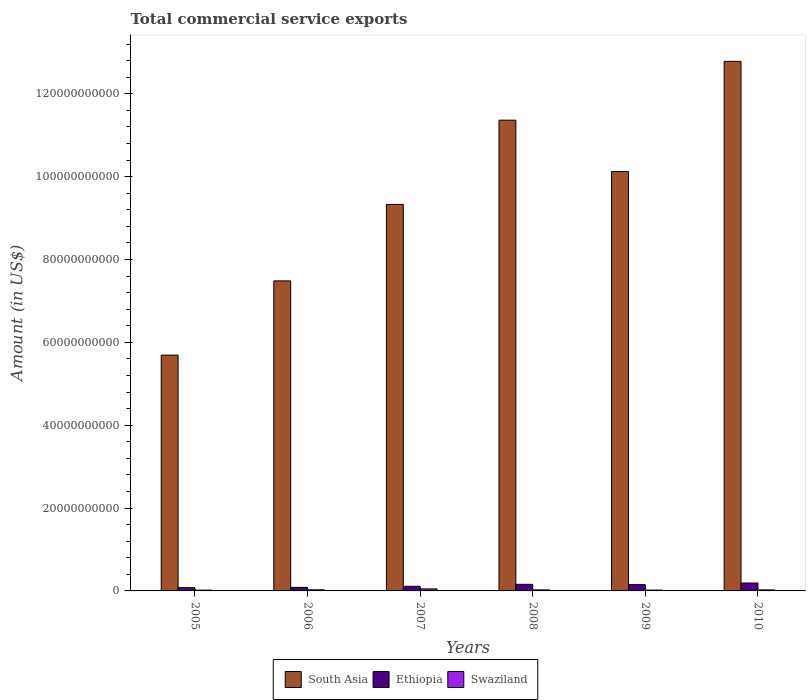
| Years | South Asia | Ethiopia | Swaziland |
 | --- | --- | --- | --- |
 | 2005 | 5.69e+10 | 7.89e+08 | 1.93e+08 |
 | 2006 | 7.48e+10 | 8.59e+08 | 2.68e+08 |
 | 2007 | 9.33e+10 | 1.11e+09 | 4.86e+08 |
 | 2008 | 1.14e+11 | 1.59e+09 | 2.52e+08 |
 | 2009 | 1.01e+11 | 1.52e+09 | 2.02e+08 |
 | 2010 | 1.28e+11 | 1.91e+09 | 2.5e+08 |